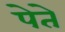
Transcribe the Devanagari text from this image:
पेते